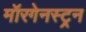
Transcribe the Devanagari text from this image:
मॉरगेनस्ट्रन